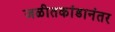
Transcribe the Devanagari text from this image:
जळीतकांडानंतर